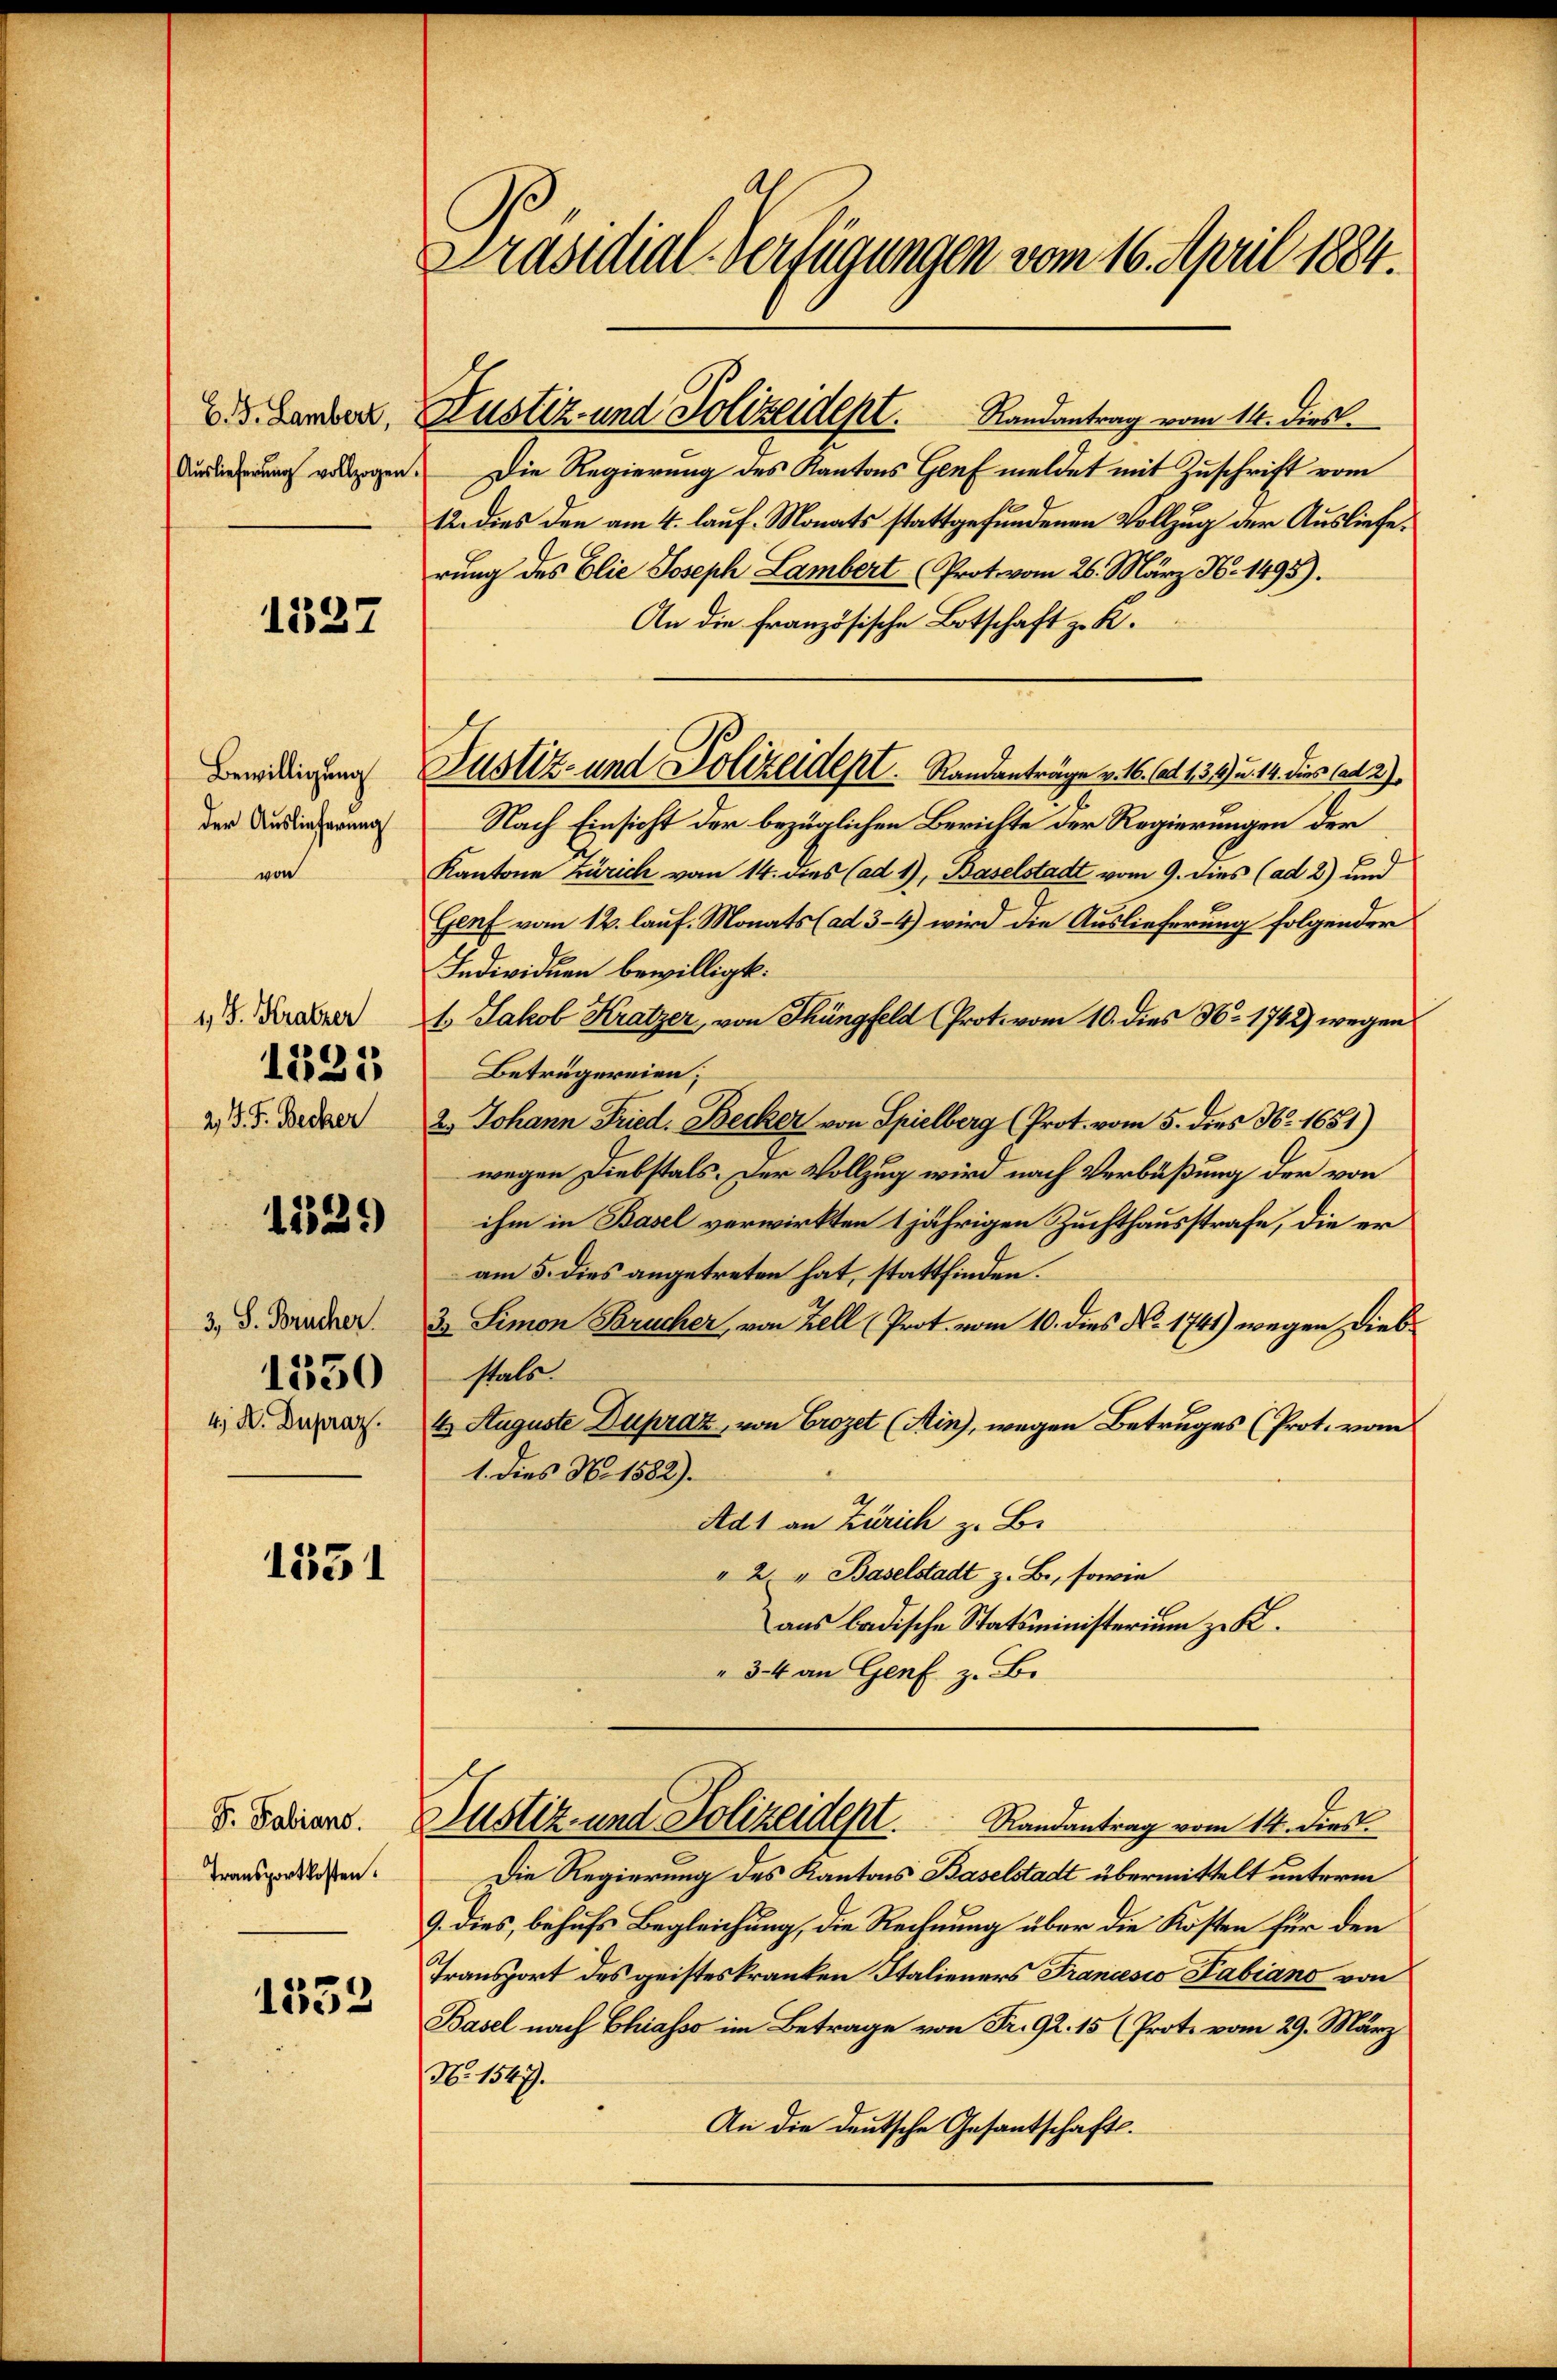
1327

1) J. Kratzer
1221
2. P. F. Becker

G. B. Lambert,
Auslieferung vollzogen

Bewilligung
der Auslieferung
von

1529

3, S. Brücher
1350
4; K. Dupraz.

1551

Dr. Fabiano.
Transportkosten.

1332

Präsidial-Verfügungen vom 16. April 1884.

Die Regierung des Kantons Genf meldet mit Zuschrift vom
12. dies den am 4. lauf. Monats stattgefundenen Vollzug der Ausliefe.
rung des Elie Joseph Lambert Prot vom 26. März N. 1498).
An die französische Botschaft z. K.
Nach Einsicht der bezüglichen Berichte der Regierungen der
Kantone Zürich vom 14. dies (ad 1), Baselstadt vom 9. dies (ad 2) und
Genf vom 12. lauf. Monats (ad 3-4) wird die Auslieferung folgender
Individuen bewilligt:
1. Jakob Kratzer, von Thüngfeld (Prot. vom 10. dies No 1742) wegen
Betrügereien;
2. Johann Fried. Becker von Spielberg (Prot. vom 5. dies No. 1651)
wegen Diebstals. Der Vollzug wird nach Verbüßung der von
ihm in Basel verwirkten 1 jährigen Zuchthausstrafe, die er
am 5. dies angetreten hat, stattfinden.
3. Simon Brucher, von Zell (Prot. vom 10. dies N. 1741) wegen Diebstals.
4. Auguste Dupraz, von Crozet (Ain), wegen Betruges (Prot. vom
1. Dies No 1582).
Ad1 an Zürich z. B.
" 2 " Baselstadt z. B., sowie
aus badische Statsministerium zu K.
34 an Genf z. B.
Justiz- und Polizeidept.
Randantrag vom 14. dies.
Die Regierung des Kantons Baselstadt übermittelt unterm
9. dies, behufs Begleichung, die Rechnung über die Kosten für den
Transport des geisteskranken Italieners Francesco Fabians von
Basel nach Chiasso im Betrage von Fr. 92. 15 (Prote vom 29. März
No. 1547.
An die deutsche Gesantschafts¬

Justiz- und Polizeidept. Randantrag vom 14. dies

Justiz- und Polizeidept. Randanträge v. 16. Art. 1309) u. 14. dies hat 2)